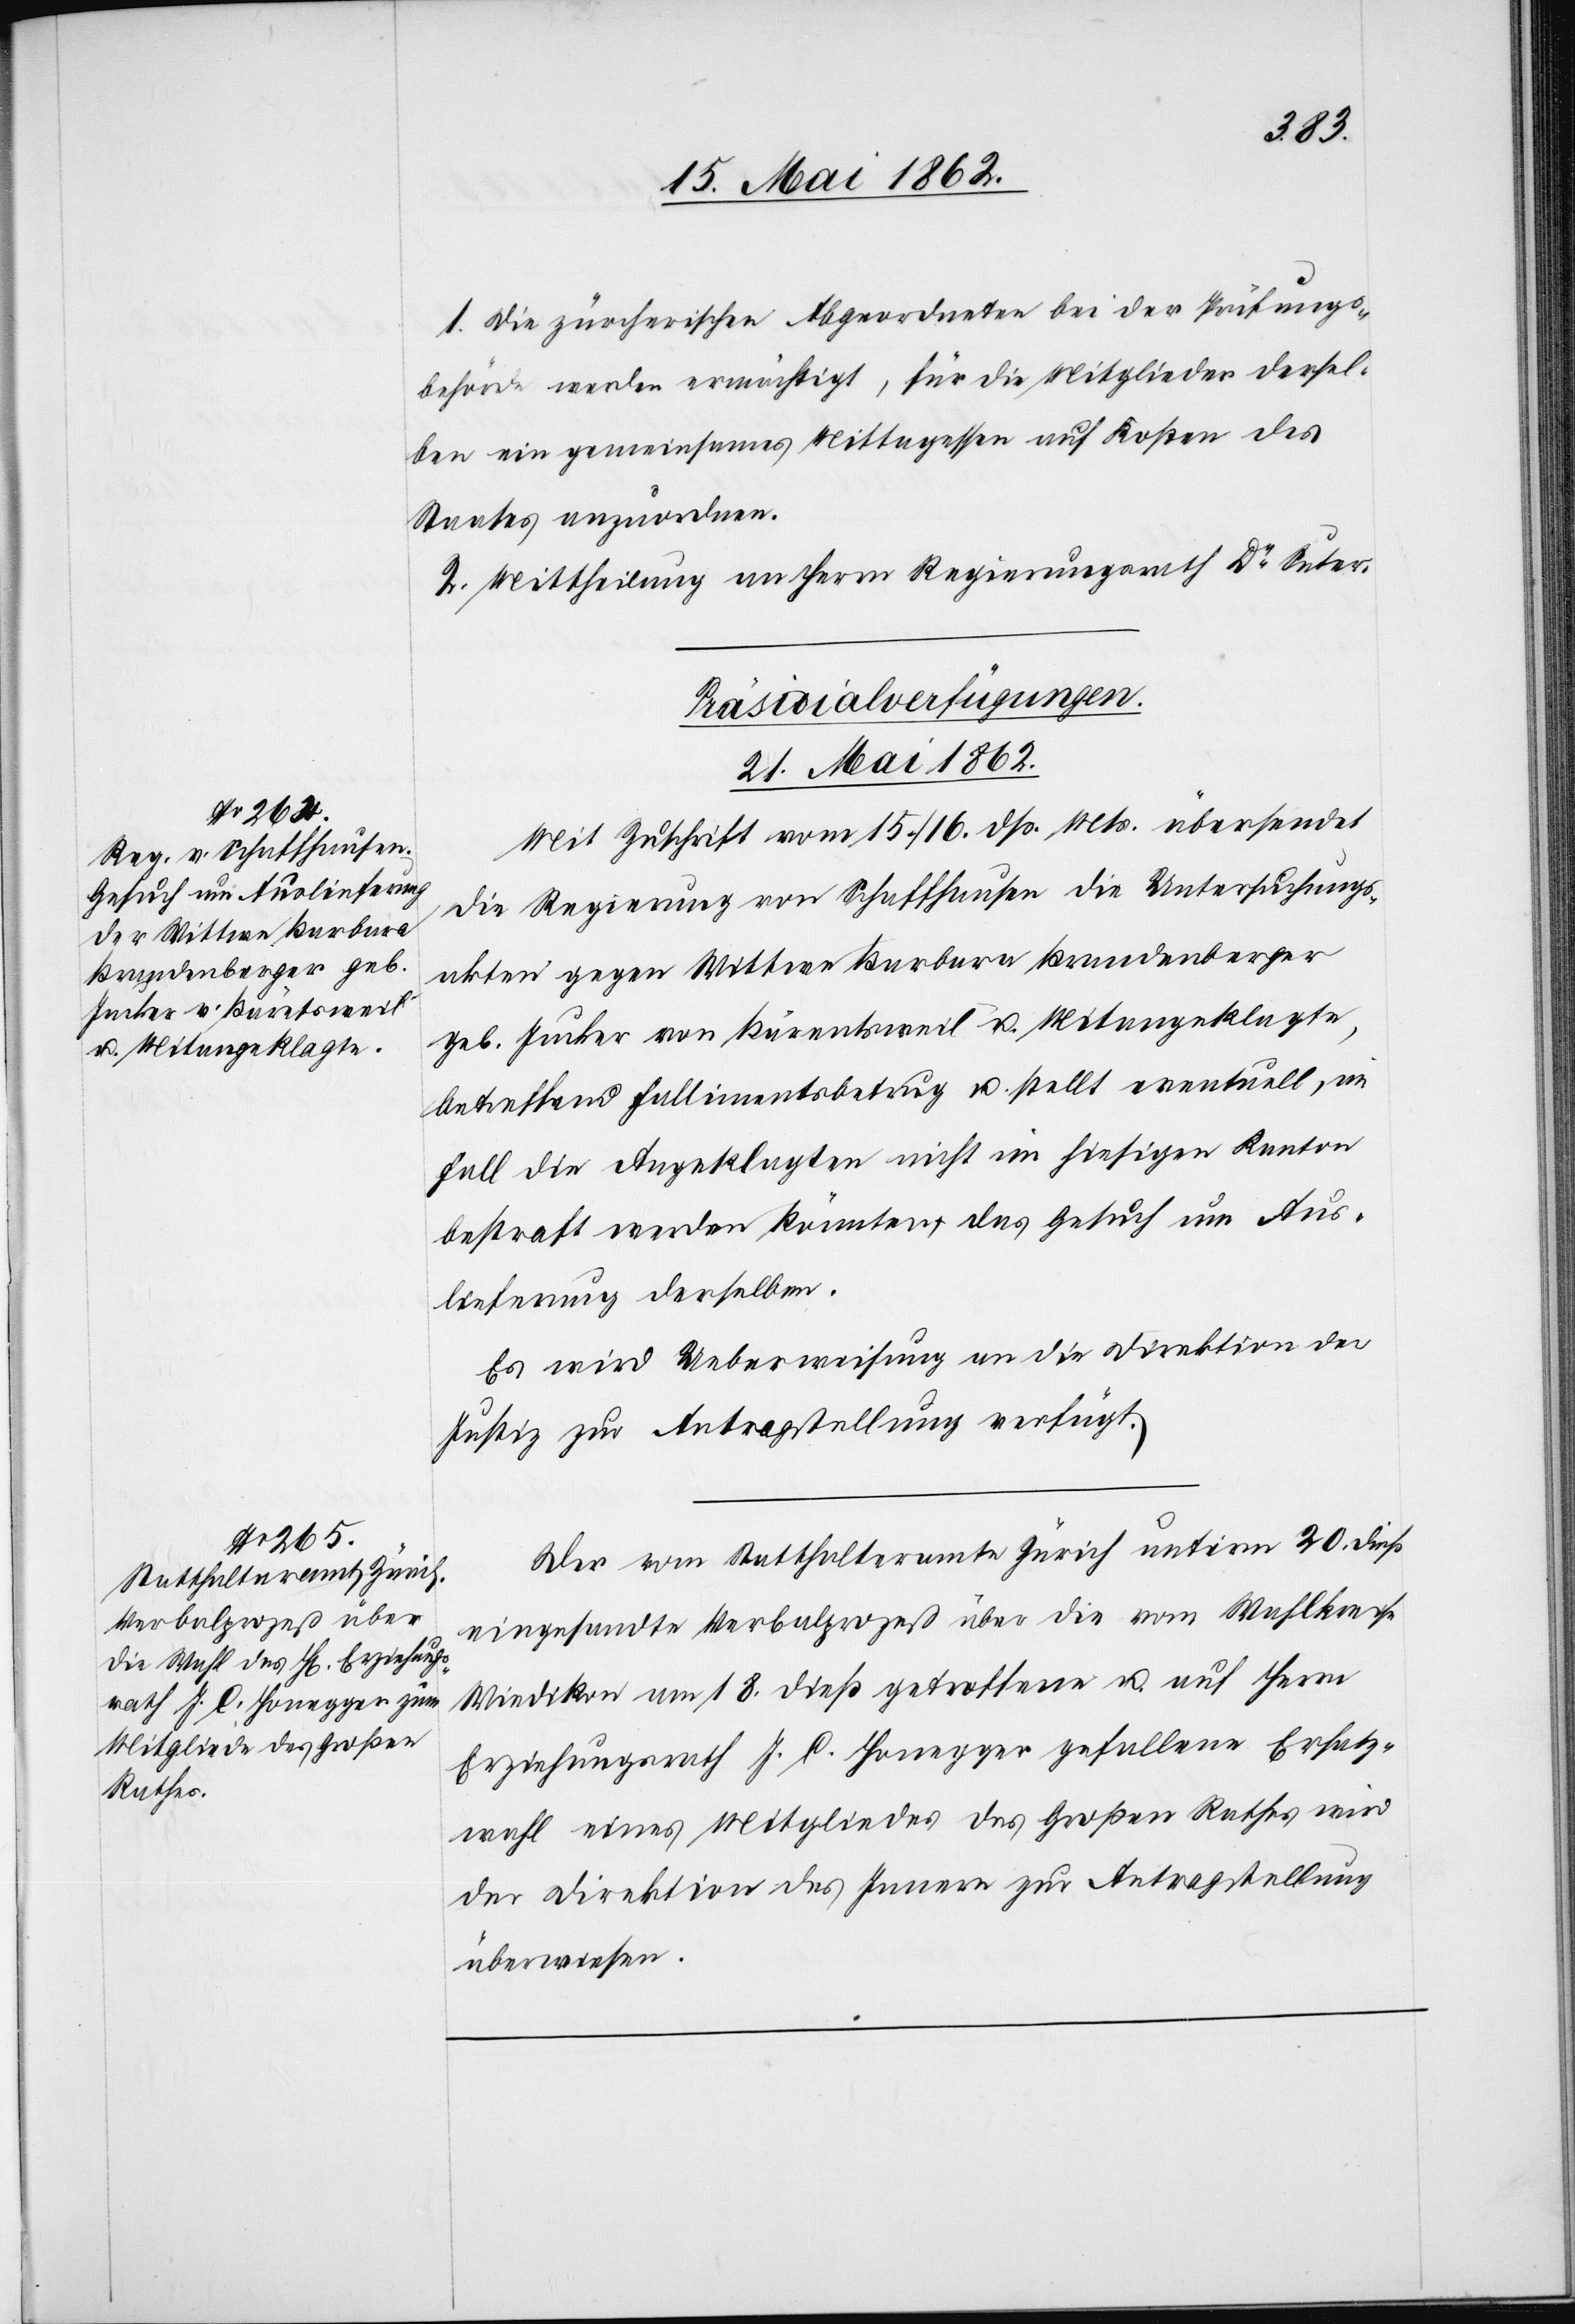
1. Die zürcherischen Abgeordneten bei der Prüfungs¬
behörde werden ermächtigt, für die Mitglieder dersel¬
ben ein gemeinsames Mittagessen auf Kosten des
Staates anzuordnen.
2. Mittheilung an Herrn Regierungsrath Dr. Suter.
[Präsidialverfügungen.
21. Mai 1862.]
Mit Zuschrift vom 15./26. dß. Mts. übersendet
die Regierung von Schaffhausen die Untersuchungs¬
akten gegen Wittwe Barbara Brandenberger
geb. Jucker von Bärentsweil u. Mitangeklagte,
betreffend Fallimentsbetrug u. stellt eventuell, im
Fall die Angeklagten nicht im hiesigen Kanton
bestraft werden könnten, das Gesuch um Aus¬
lieferung derselben.
Es wird Ueberweisung an die Direktion der
Justiz zur Antragstellung verfügt.
Der vom Statthalteramt Zürich unterm 20. dieß
eingesandte Verbalprozeß über die vom Wahlkreise
Wiedikon am 18. dieß getroffene u. auf Herrn
Erziehungsrath J. C. Honegger gefallene Ersatz¬
wahl eines Mitgliedes des Großen Rathes wird
der Direktion des Innern zur Antragstellung
überwiesen.